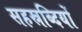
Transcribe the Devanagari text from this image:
सहस्रब्दियों